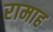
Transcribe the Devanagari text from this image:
रामाह